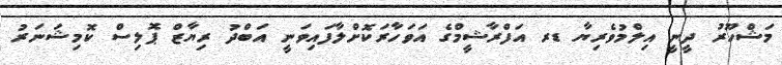
މަޝްހޫރު ދީނީ އިލްމުވެރިޔާ ޑރ އަފްރާޝީމްގެ އަވަހާރަކޮށްލާފައިވަނީ އަބްދު ރިޔާޒް ޕޮލިސް ކޮމިޝަނަރު